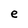
Character: e